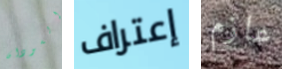
السودان إعتراف عازم